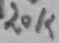
Text: 20K